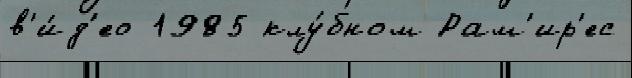
в'и́д'ео 1985 клу́бном Рам'ир'ес